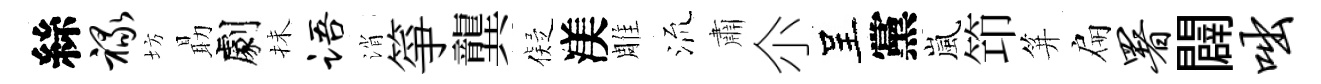
絲禄坊朂劇抺语消箏龔儗渼雕𣴑肅尒呈黨嵐笻笄扁署闢咄